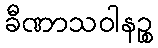
ခီဏာသဝါနဉ္စ